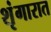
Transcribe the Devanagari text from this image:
शृंगारात